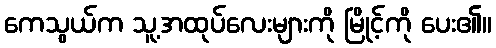
ကေသွယ်က သူ့အထုပ်လေးများကို မြိုင့်ကို ပေး၏။